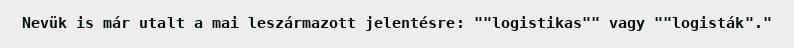
Nevük is már utalt a mai leszármazott jelentésre: ""logistikas"" vagy ""logisták"."